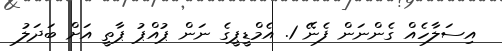
އިސަލާހެއް ގެންނަން ފެނޭ 1. އެމްޑީޕީގެ ނަން ޕުއްޕު ޕާތީ އަށް ބަދަލު